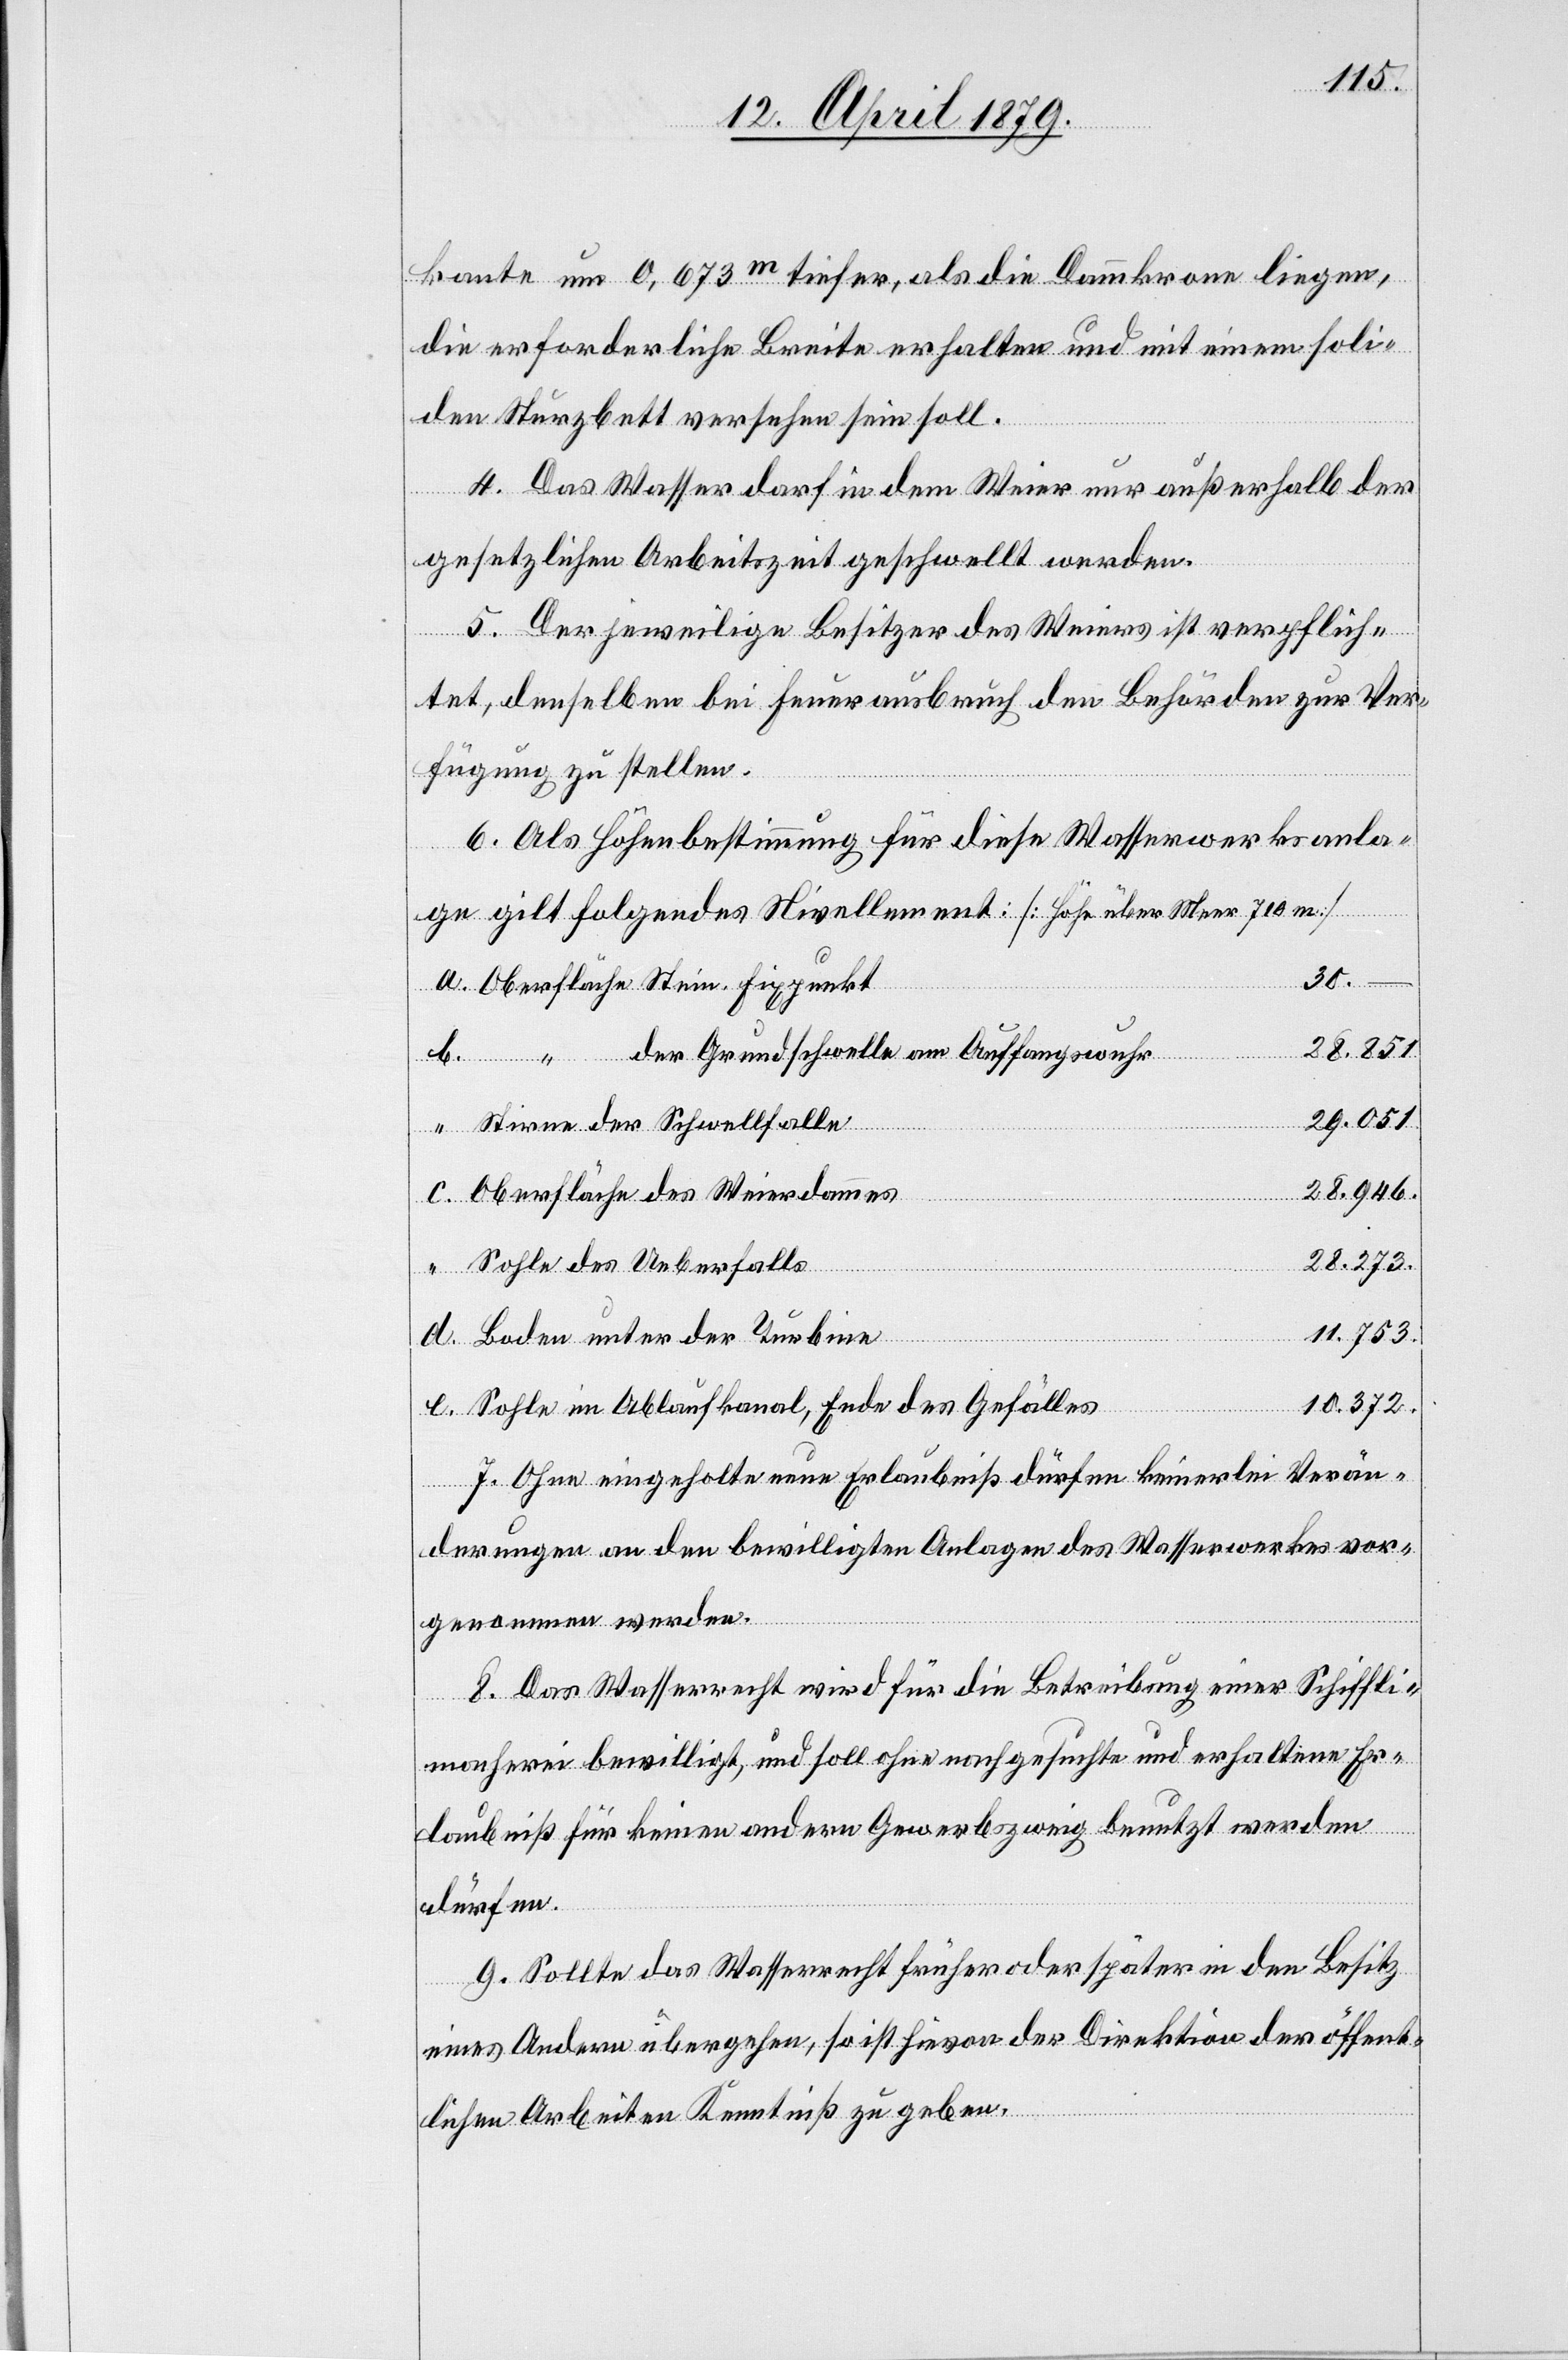
kante um 0,673m tiefer, als die Dammkrone liegen,
die erforderliche Breite erhalten und mit einem soli¬
den Sturzbett versehen sein soll.
4. Das Wasser darf in dem Weier nur außerhalb der
gesetzlichen Arbeitszeit geschwellt werden.
5. Der jeweilige Besitzer des Weiers ist verpflich¬
tet, denselben bei Feuerausbruch den Behörden zur Ver¬
fügung zu stellen.
6. Als Höhenbestimmung für diese Wasserwerksanla¬
ge gilt folgendes Nivellement [Höhe über Meer 710 m]
a.
Oberfläche Stein. Fixpunkt
28.851
der Grundschwelle am Auffangswuhr
29.051
Stirne der Schwellfalle
28.946.
Oberfläche des Weierdammes
28.273.
Sohle des Ueberfalls
e.
11.753.
Boden unter der Turbine
10.372.
Sohle im Ablaufkanal, Ende des Gefälles
7. Ohne eingeholte neue Erlaubniß dürfen keinerlei Verän¬
derungen an den bewilligten Anlagen des Wasserwerkes vor¬
genommen werden.
8. Das Wasserrecht wird für die Betreibung einer Schiffli¬
macherei bewilligt, und soll ohne nachgesuchte und erhaltene Er¬
laubniß für keinen andern Gewerbszweig benutzt werden
dürfen.
9. Sollte das Wasserrecht früher oder später in den Besitz
eines Andern übergehen, so ist hievon der Direktion der öffent¬
lichen Arbeiten Kenntniß zu geben.